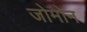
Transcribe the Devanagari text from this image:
जोमोन